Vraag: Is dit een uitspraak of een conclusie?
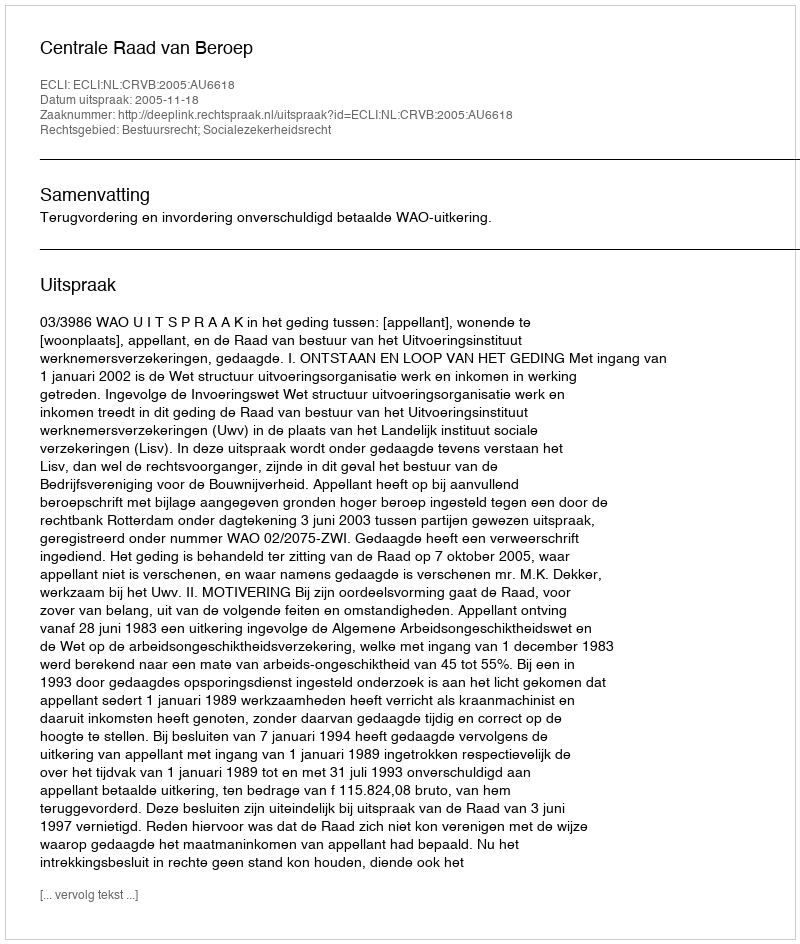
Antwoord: Uitspraak